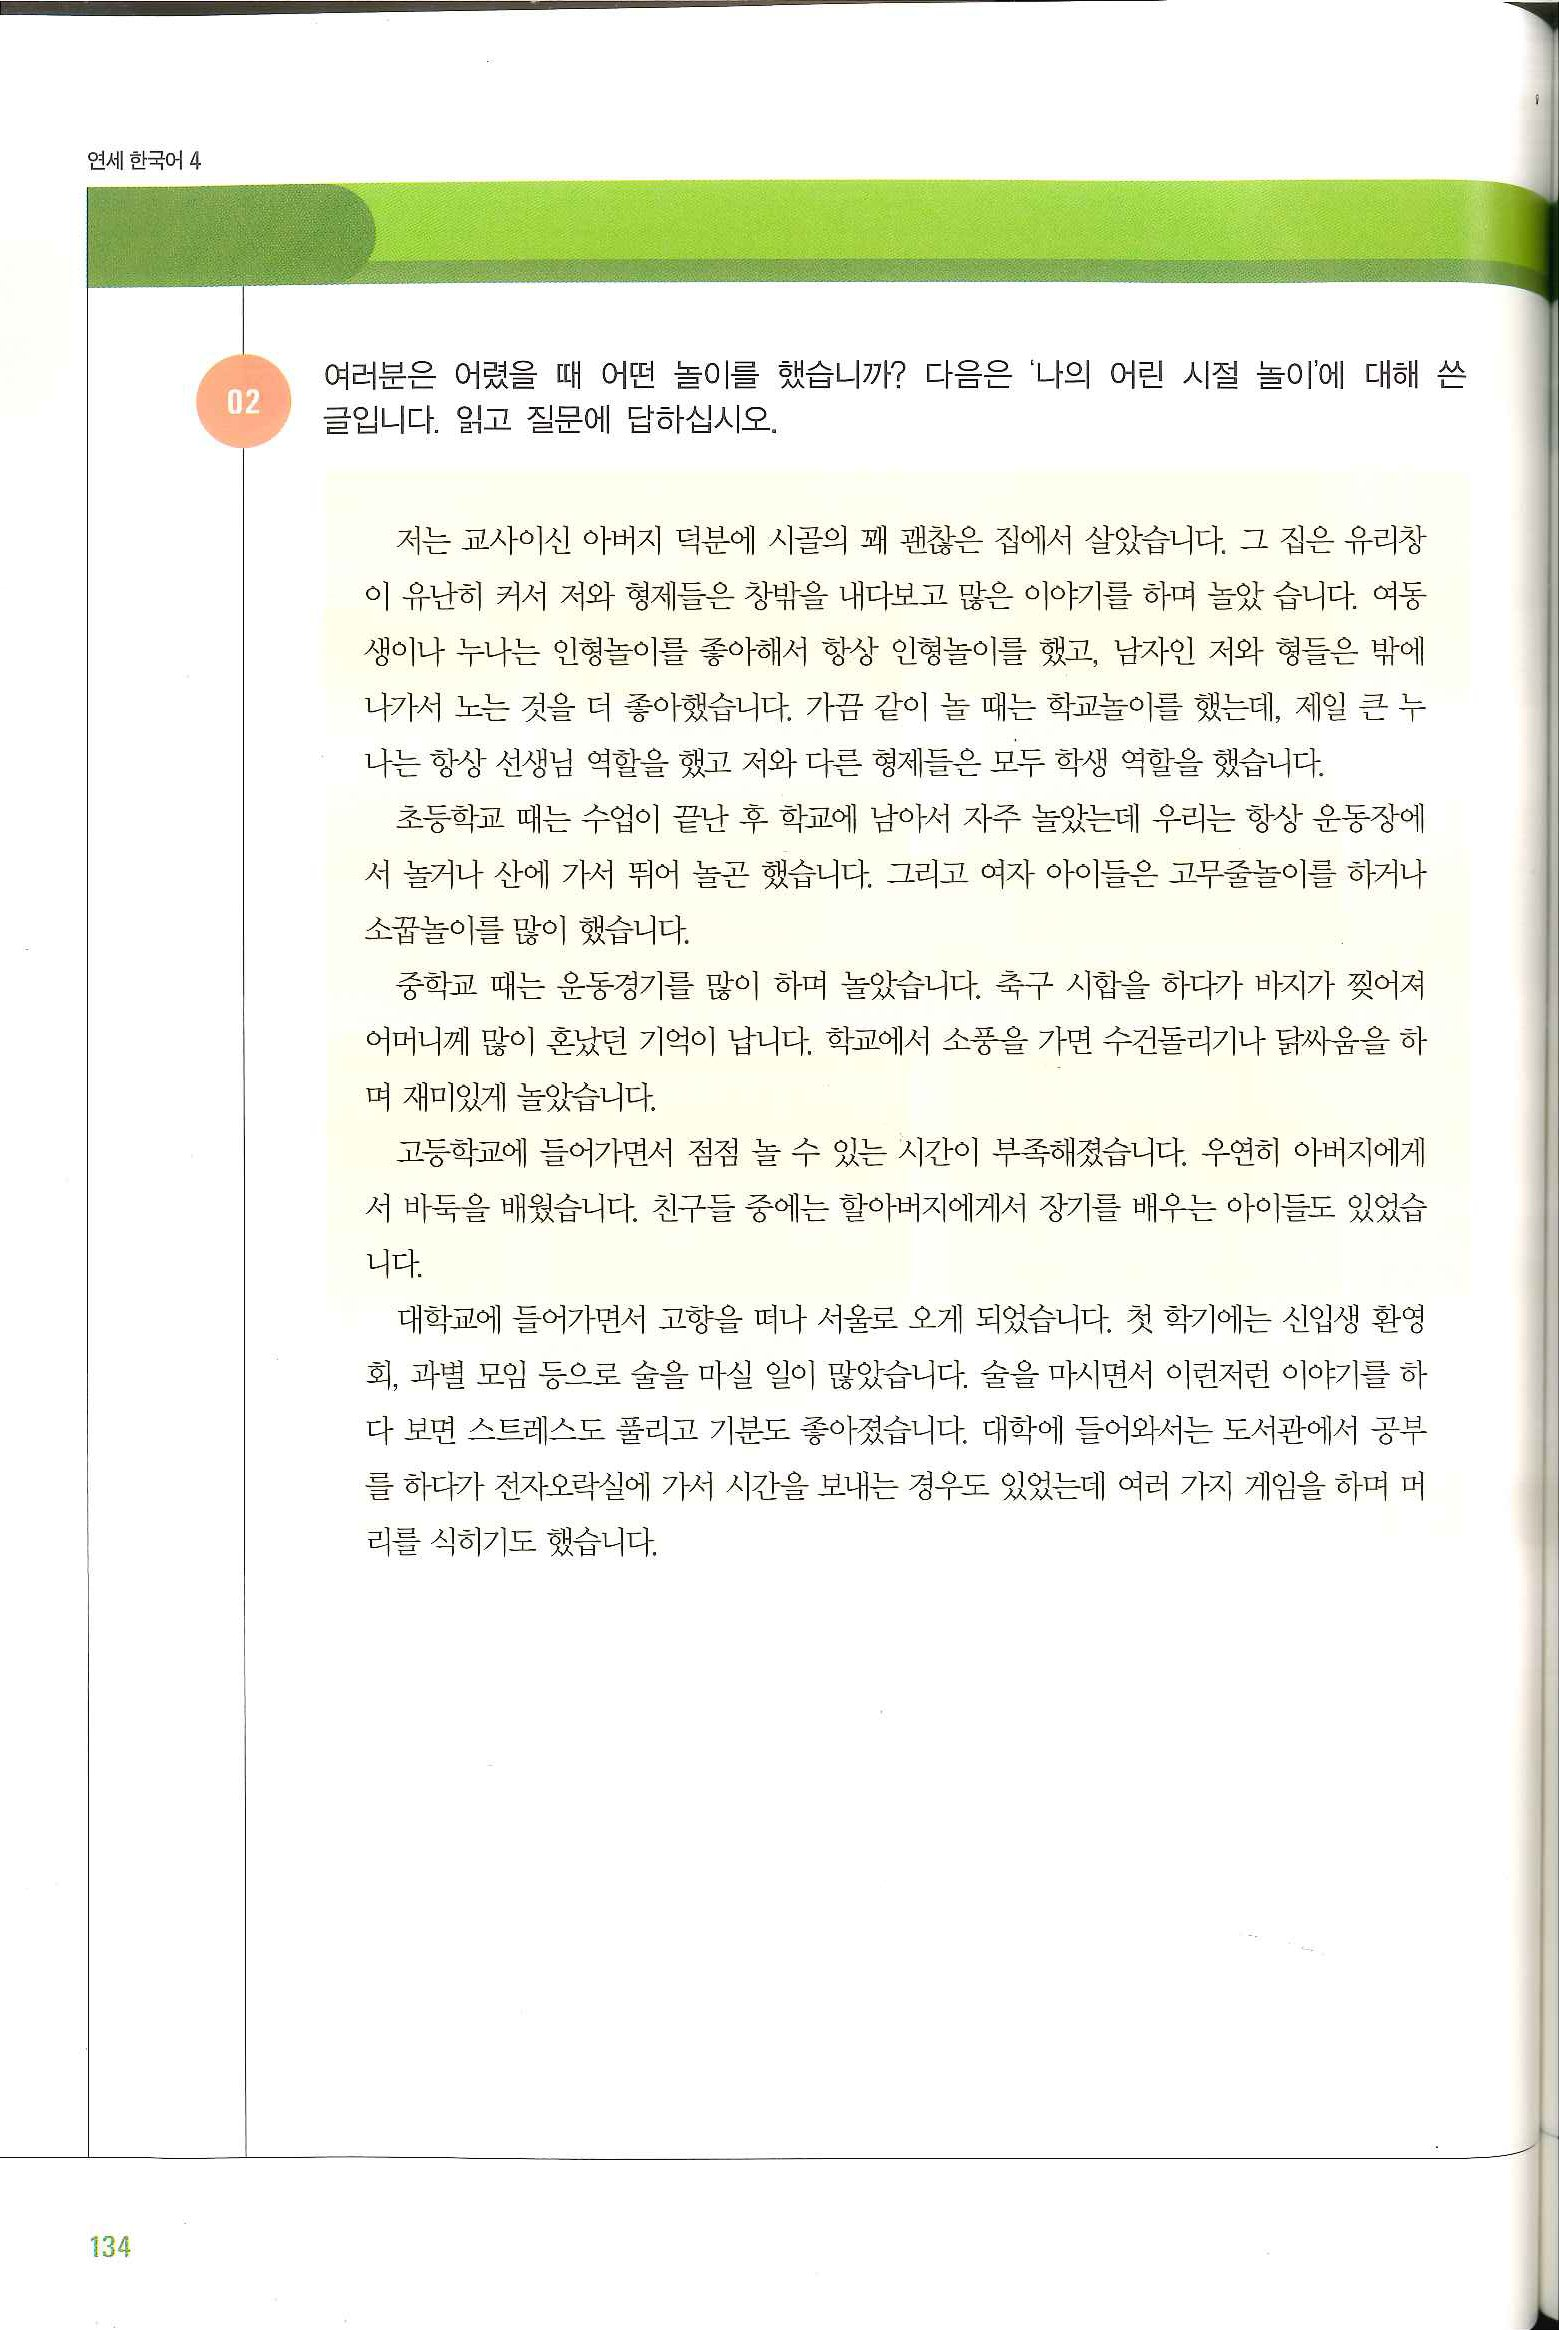
Language: ko